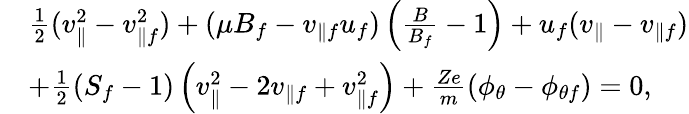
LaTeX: \begin{array}{rl}&{\frac{1}{2}(v_{\parallel}^{2}-v_{\parallel f}^{2})+(\mu B_{f}-v_{\parallel f}u_{f})\left(\frac{B}{B_{f}}-1\right)+u_{f}(v_{\parallel}-v_{\parallel f})}\\ &{+\frac{1}{2}(S_{f}-1)\left(v_{\parallel}^{2}-2v_{\parallel f}+v_{\parallel f}^{2}\right)+\frac{Ze}{m}(\phi_{\theta}-\phi_{\theta f})=0,}\end{array}